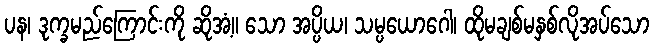
ပန၊ ဒုက္ခမည်ကြောင်းကို ဆိုအံ့။ သော အပ္ပိယ၊ သမ္ပယောဂေါ၊ ထိုမချစ်မနှစ်လိုအပ်သော